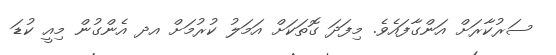
ސަރުކާރަށް އަންގާފައެވެ. މިފަދަ ގޮތަކަށް އަމަލު ކުރުމަށް އދ އެންގުން މިއީ ކުޑަ